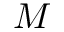
M